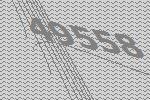
49558